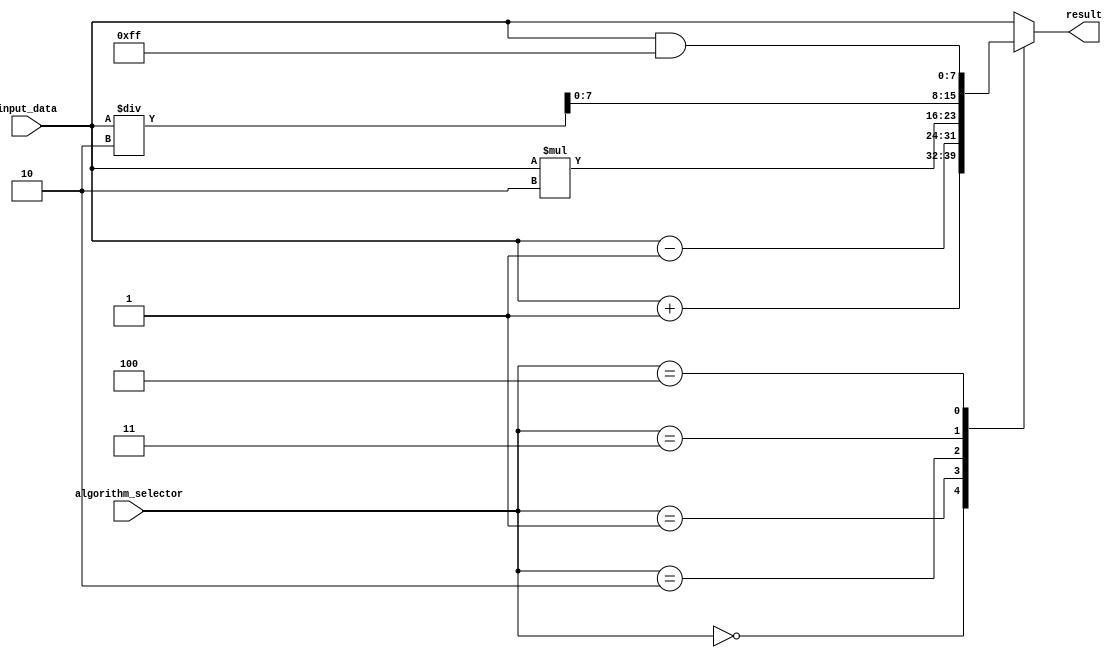
module generate_function (
  input [7:0] input_data,
  input [2:0] algorithm_selector,
  output reg [7:0] result
);

always @* begin
  case (algorithm_selector)
    3'b000: result = input_data + 1;
    3'b001: result = input_data - 1;
    3'b010: result = input_data * 2;
    3'b011: result = input_data / 2;
    3'b100: result = input_data & 8'hFF;
    default: result = input_data;
  endcase
end

endmodule